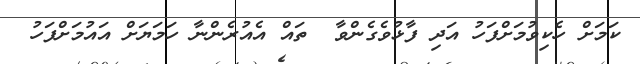
ކަމަށް ހެކިވުމަށްފަހު އަދި ފާޅުވެގެންވާ  ތައް އެއުރެންނާ ހަމަޔަށް އައުމަށްފަހު